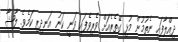
ދިއްލާފައި ނެތުމުން މުޅި ގޭތެރެއަށް ވެރިވެފައި ވަނީ ކަނު އަނދިރި ކަމެވެ. ލާޝާ